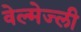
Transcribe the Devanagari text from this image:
वेल्मेज्ली